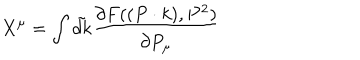
LaTeX: X ^ { \mu } = \int \tilde { d k } \frac { \partial F ( ( P \cdot k ) , P ^ { 2 } ) } { \partial P _ { \mu } }